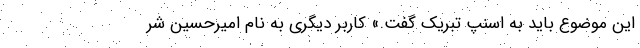
این موضوع باید به اسنپ تبریک گفت.» کاربر دیگری به نام امیرحسین شر